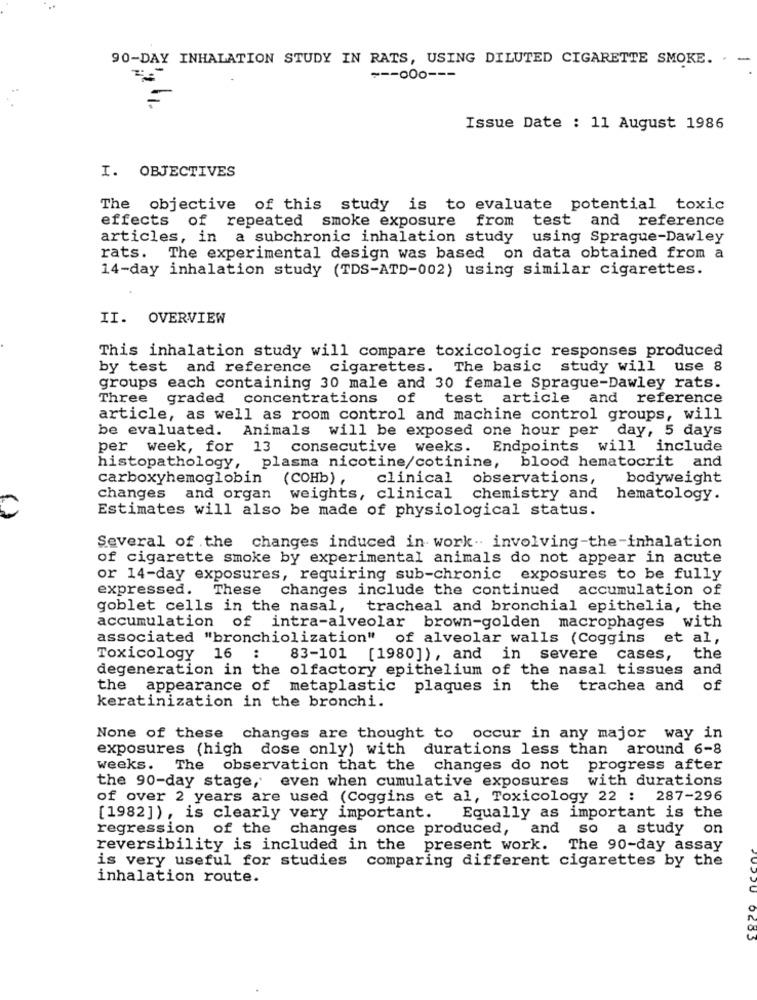
90-DAY INHALATION STUDY IN RATS, USING DILUTED CIGARETTE SMOKE. . -
--- 000 ---
11.
Issue Date : 11 August 1986
I. OBJECTIVES
The objective of this study is to evaluate potential toxic
test and reference
effects of repeated smoke exposure from
articles, in a subchronic inhalation study
using Sprague-Dawley
rats.
The experimental design was based on data obtained from a
14-day inhalation study (TDS-ATD-002) using similar cigarettes.
II. OVERVIEW
This inhalation study will compare toxicologic responses produced
by test and reference cigarettes. The basic study will use 8
groups each containing 30 male and 30 female Sprague-Dawley rats.
Three
graded concentrations of test article and reference
article, as well as room control and machine control groups, will
be evaluated.
Animals will be exposed one hour per day, 5 days
per week, for 13 consecutive weeks. Endpoints will include
histopathology, plasma nicotine/cotinine, blood hematocrit and
carboxyhemoglobin
(COHb) ,
clinical observations,
bodyweight
changes and organ weights, clinical chemistry and
hematology.
Estimates will also be made of physiological status.
Several of the changes induced in work. involving-the-inhalation
of cigarette smoke by experimental animals do not appear in acute
or 14-day exposures, requiring sub-chronic exposures to be fully
expressed. These changes include the continued accumulation of
goblet cells in the nasal,
tracheal and bronchial epithelia, the
accumulation of intra-alveolar brown-golden macrophages with
associated "bronchiolization" of alveolar walls (Coggins
et al,
Toxicology 16
:
83-101 [1980]), and in severe cases,
the
degeneration in the olfactory epithelium of the nasal tissues and
the appearance of metaplastic plaques in the trachea and of
keratinization in the bronchi.
None of these changes are thought to occur in any major way in
exposures (high dose only) with durations less than around 6-8
weeks. The observation that the changes do not progress after
the 90-day stage, even when cumulative exposures with durations
of over 2 years are used (Coggins et al, Toxicology 22 : 287-296
[1982]), is clearly very important. Equally as important is the
regression of the changes
once produced, and so a study on
reversibility is included in the present work. The 90-day assay
is very useful for studies comparing different cigarettes by the
inhalation route.